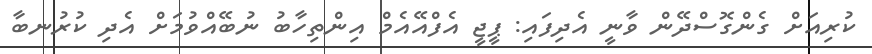
ކުރިއަށް ގެންގޮސްދޭން ވާނީ އެދިފައި: ޕީޖީ އެފްއޭއެމް އިންތިހާބު ނުބޭއްވުމަށް އެދި ކުރުނބާ